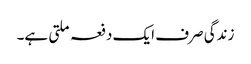
زندگی صرف ایک دفعہ ملتی ہے۔